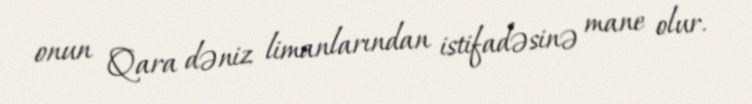
onun Qara dəniz limanlarından istifadəsinə mane olur.